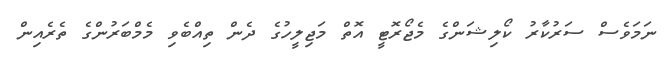
ނަމަވެސް ސަރުކާރު ކޯލިޝަންގެ މެޖޯރޮޓީ އޮތް މަޖިލީހުގެ ދެން ތިއްބެވި މެމްބަރުންގެ ތެރެއިން